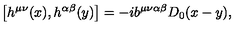
\big [ h ^ { \mu \nu } ( x ) , h ^ { \alpha \beta } ( y ) \big ] = - i b ^ { \mu \nu \alpha \beta } D _ { 0 } ( x - y ) ,